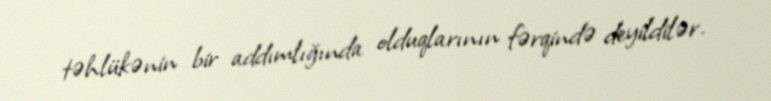
təhlükənin bir addımlığında olduqlarının fərqində deyildilər.